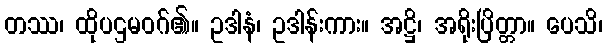
တဿ၊ ထိုပဌမဝဂ်၏။ ဥဒါနံ၊ ဥဒါန်းကား။ အဋ္ဌိ၊ အရိုးပြိတ္တာ။ ပေသိ၊